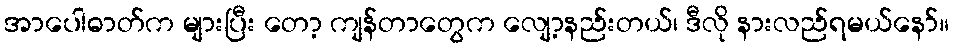
အာပေါဓာတ်က များပြီး တော့ ကျန်တာတွေက လျော့နည်းတယ်၊ ဒီလို နားလည်ရမယ်နော်။